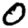
Digit: 0